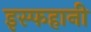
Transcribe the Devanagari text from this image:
इस्फहानी